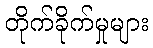
တိုက်ခိုက်မှုများ